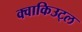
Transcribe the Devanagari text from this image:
क्वाकिउट्ल